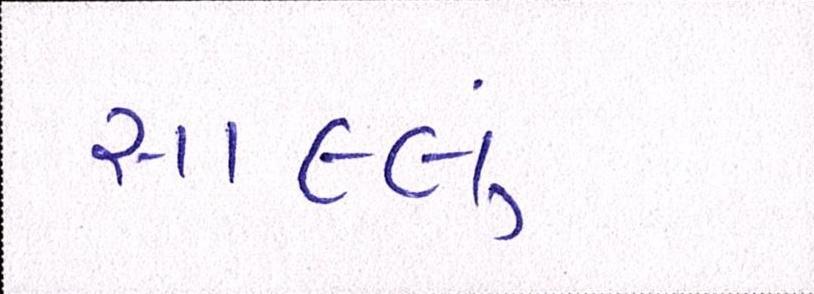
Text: સાલ્લું